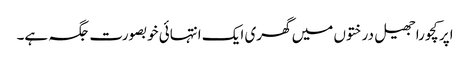
اپر کچورا جھیل درختوں میں گھری ایک انتہائی خوبصورت جگہ ہے۔